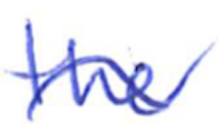
Text: the
Cross-out: wave
Writing tool: ballpoint